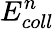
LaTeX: E_{coll}^{n}